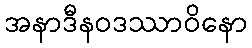
အနာဒီနဝဒဿာဝိနော